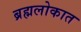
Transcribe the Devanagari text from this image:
ब्रह्मलोकात